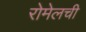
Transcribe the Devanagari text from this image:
रोमेलची